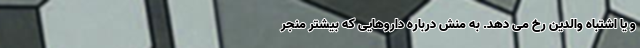
و یا اشتباه والدین رخ می دهد. به منش درباره داروهایی که بیشتر منجر